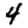
Digit: 4